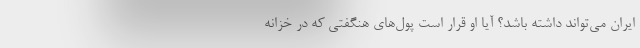
ایران می‌تواند داشته باشد؟ آیا او قرار است پول‌های هنگفتی که در خزانه